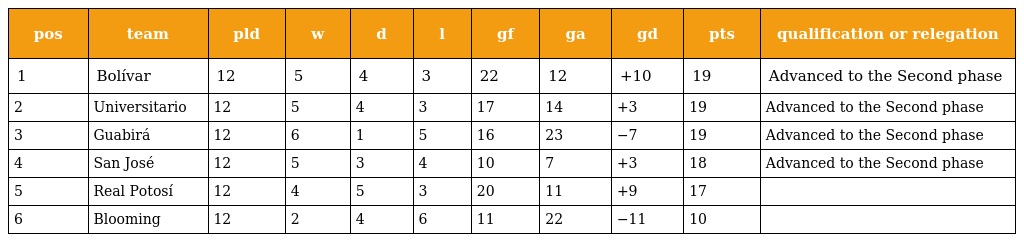
| pos | team | pld | w | d | l | gf | ga | gd | pts | qualification or relegation |
 | --- | --- | --- | --- | --- | --- | --- | --- | --- | --- | --- |
 | 1 | Bolívar | 12 | 5 | 4 | 3 | 22 | 12 | +10 | 19 | Advanced to the Second phase |
 | 2 | Universitario | 12 | 5 | 4 | 3 | 17 | 14 | +3 | 19 | Advanced to the Second phase |
 | 3 | Guabirá | 12 | 6 | 1 | 5 | 16 | 23 | −7 | 19 | Advanced to the Second phase |
 | 4 | San José | 12 | 5 | 3 | 4 | 10 | 7 | +3 | 18 | Advanced to the Second phase |
 | 5 | Real Potosí | 12 | 4 | 5 | 3 | 20 | 11 | +9 | 17 |  |
 | 6 | Blooming | 12 | 2 | 4 | 6 | 11 | 22 | −11 | 10 |  |